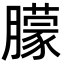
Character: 朦